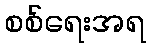
စစ်ရေးအရ